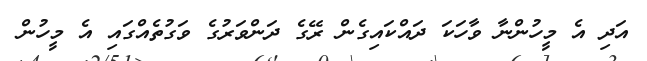
އަދި އެ މީހުންނާ ވާހަކަ ދައްކައިގެން ރޭގެ ދަންވަރުގެ ވަގުތެއްގައި އެ މީހުން